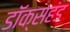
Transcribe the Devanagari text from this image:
डॉक्सहंड